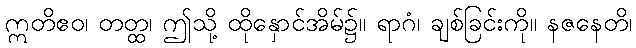
ဣတိဧဝ၊ တတ္ထ၊ ဤသို့ ထိုနှောင်အိမ်၌။ ရာဂံ၊ ချစ်ခြင်းကို။ နဇနေတိ၊